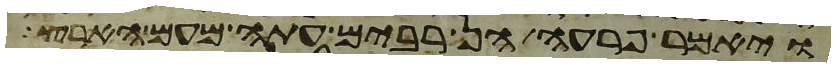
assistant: ויאמר פרעה הן רבים עתה מעם הארץ